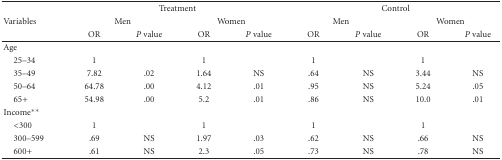
|  | <COLSPAN=4> Treatment | <COLSPAN=4> Control |
 | Variables | <COLSPAN=2> Men | <COLSPAN=2> Women | <COLSPAN=2> Men | <COLSPAN=2> Women |
 |  | OR | P value | OR | P value | OR | P value | OR | P value |
 | --- | --- | --- | --- | --- | --- | --- | --- | --- |
 | Age |  |  |  |  |  |  |  |  |
 | 25–34 | 1 |  | 1 |  | 1 |  | 1 |  |
 | 35–49 | 7.82 | .02 | 1.64 | NS | .64 | NS | 3.44 | NS |
 | 50–64 | 64.78 | .00 | 4.12 | .01 | .95 | NS | 5.24 | .05 |
 | 65+ | 54.98 | .00 | 5.2 | .01 | .86 | NS | 10.0 | .01 |
 | Income** |  |  |  |  |  |  |  |  |
 | <300 | 1 |  | 1 |  | 1 |  | 1 |  |
 | 300–599 | .69 | NS | 1.97 | .03 | .62 | NS | .66 | NS |
 | 600+ | .61 | NS | 2.3 | .05 | .73 | NS | .78 | NS |